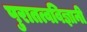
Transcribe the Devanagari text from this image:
पुरातत्वविज्ञानी